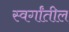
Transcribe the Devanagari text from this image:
स्वर्गांतील